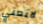
لاتعني